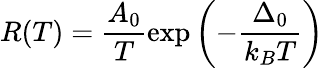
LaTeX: R(T)=\frac{A_{0}}{T}\exp\left(-\frac{\Delta_{0}}{k_{B}T}\right)